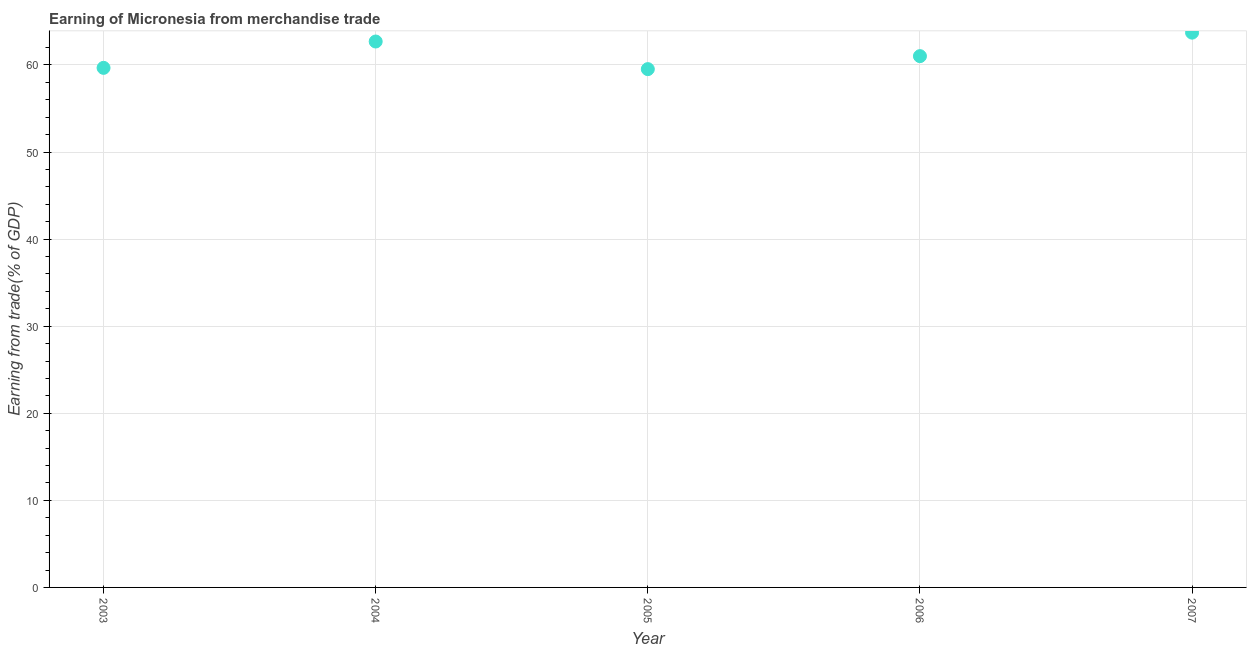
| Year | Merchandise trade |
 | --- | --- |
 | 2003 | 59.7 |
 | 2004 | 62.7 |
 | 2005 | 59.5 |
 | 2006 | 61 |
 | 2007 | 63.7 |